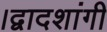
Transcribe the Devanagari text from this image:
।द्वादशांगी